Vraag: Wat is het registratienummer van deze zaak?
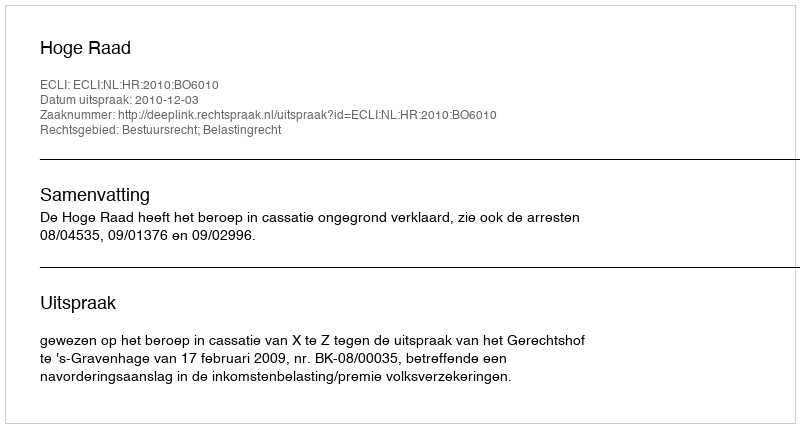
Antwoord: http://deeplink.rechtspraak.nl/uitspraak?id=ECLI:NL:HR:2010:BO6010